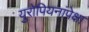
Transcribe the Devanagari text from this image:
युरोपियनांपेक्षा